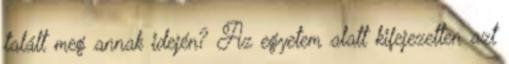
talált meg annak idején? Az egyetem alatt kifejezetten azt